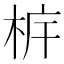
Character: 𣐼